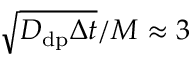
\sqrt { D _ { \mathrm { d p } } \Delta t } / M \approx 3